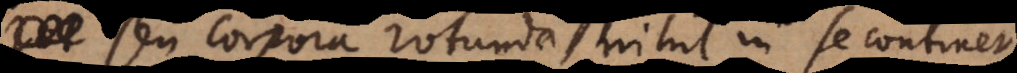
seu corpora rotunda, nihil in se continet